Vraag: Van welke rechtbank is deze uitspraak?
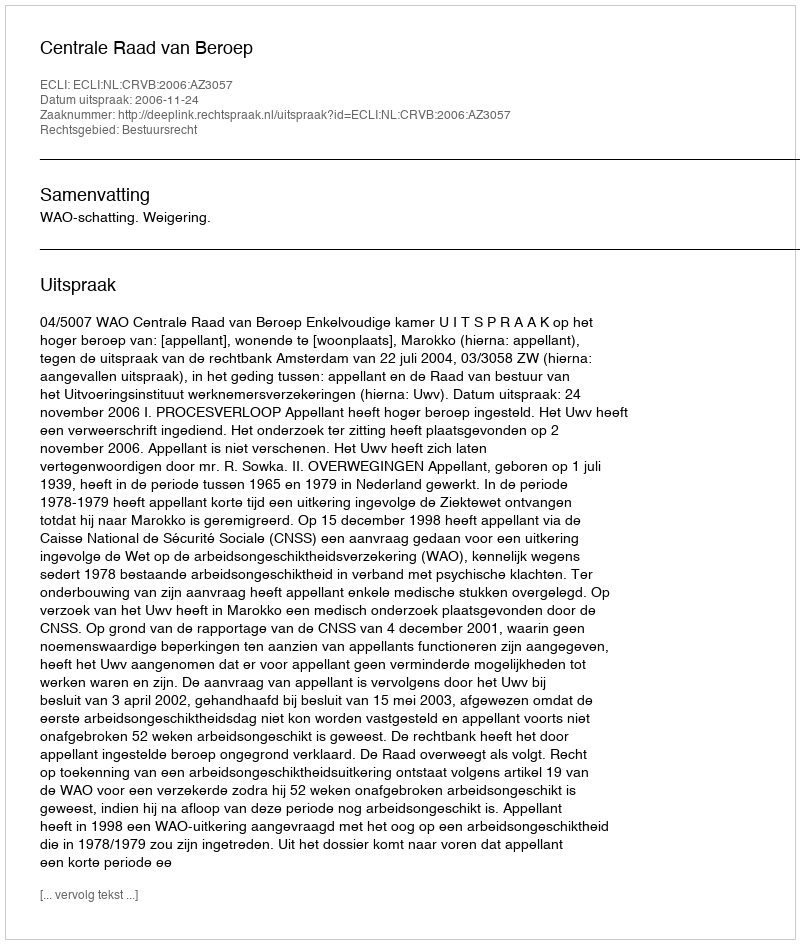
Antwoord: Centrale Raad van Beroep